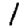
Digit: 1